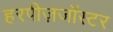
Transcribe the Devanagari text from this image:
हरपीज़जॉस्टर